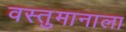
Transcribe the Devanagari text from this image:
वस्तुमानाला